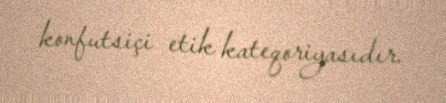
konfutsiçi etik kateqoriyasıdır.